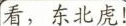
看，东北虎！